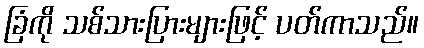
ခြံကို သစ်သားပြားများဖြင့် ပတ်ကာသည်။